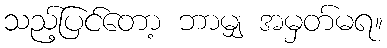
သည့်ပြင်တော့ ဘာမျှ အမှတ်မရ။